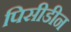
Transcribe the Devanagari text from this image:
पिसीडीन